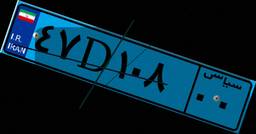
۴۷D۱۰۸۰۰